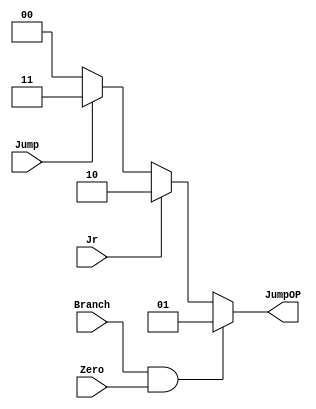
// Jump_Ctrl

module Jump_Ctrl( Zero,
                  JumpOP,
			Branch,
			Jump,
			Jr
				  );

    input Zero;
	input Branch;
	input Jump;
	input Jr;
	
	output [1:0] JumpOP;
	reg [1:0] JumpOP;
	
	always@ (*) begin
		JumpOP = (Branch&&Zero) ? 1 :Jr	? 2 :Jump? 3 : 0;
	end
endmodule